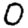
Digit: 0